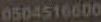
0504516600